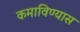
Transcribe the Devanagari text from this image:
कमाविण्यास